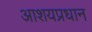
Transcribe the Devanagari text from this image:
आशयप्रधान